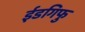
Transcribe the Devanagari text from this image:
ईडगिफु